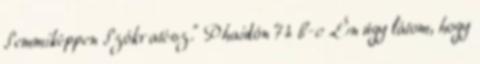
Semmiképpen Szókratész.” Phaidón 74 b-c „Én úgy látom, hogy